NAE_ERA_R-1665_Eesti_Kunstnike_Liit, lk 17
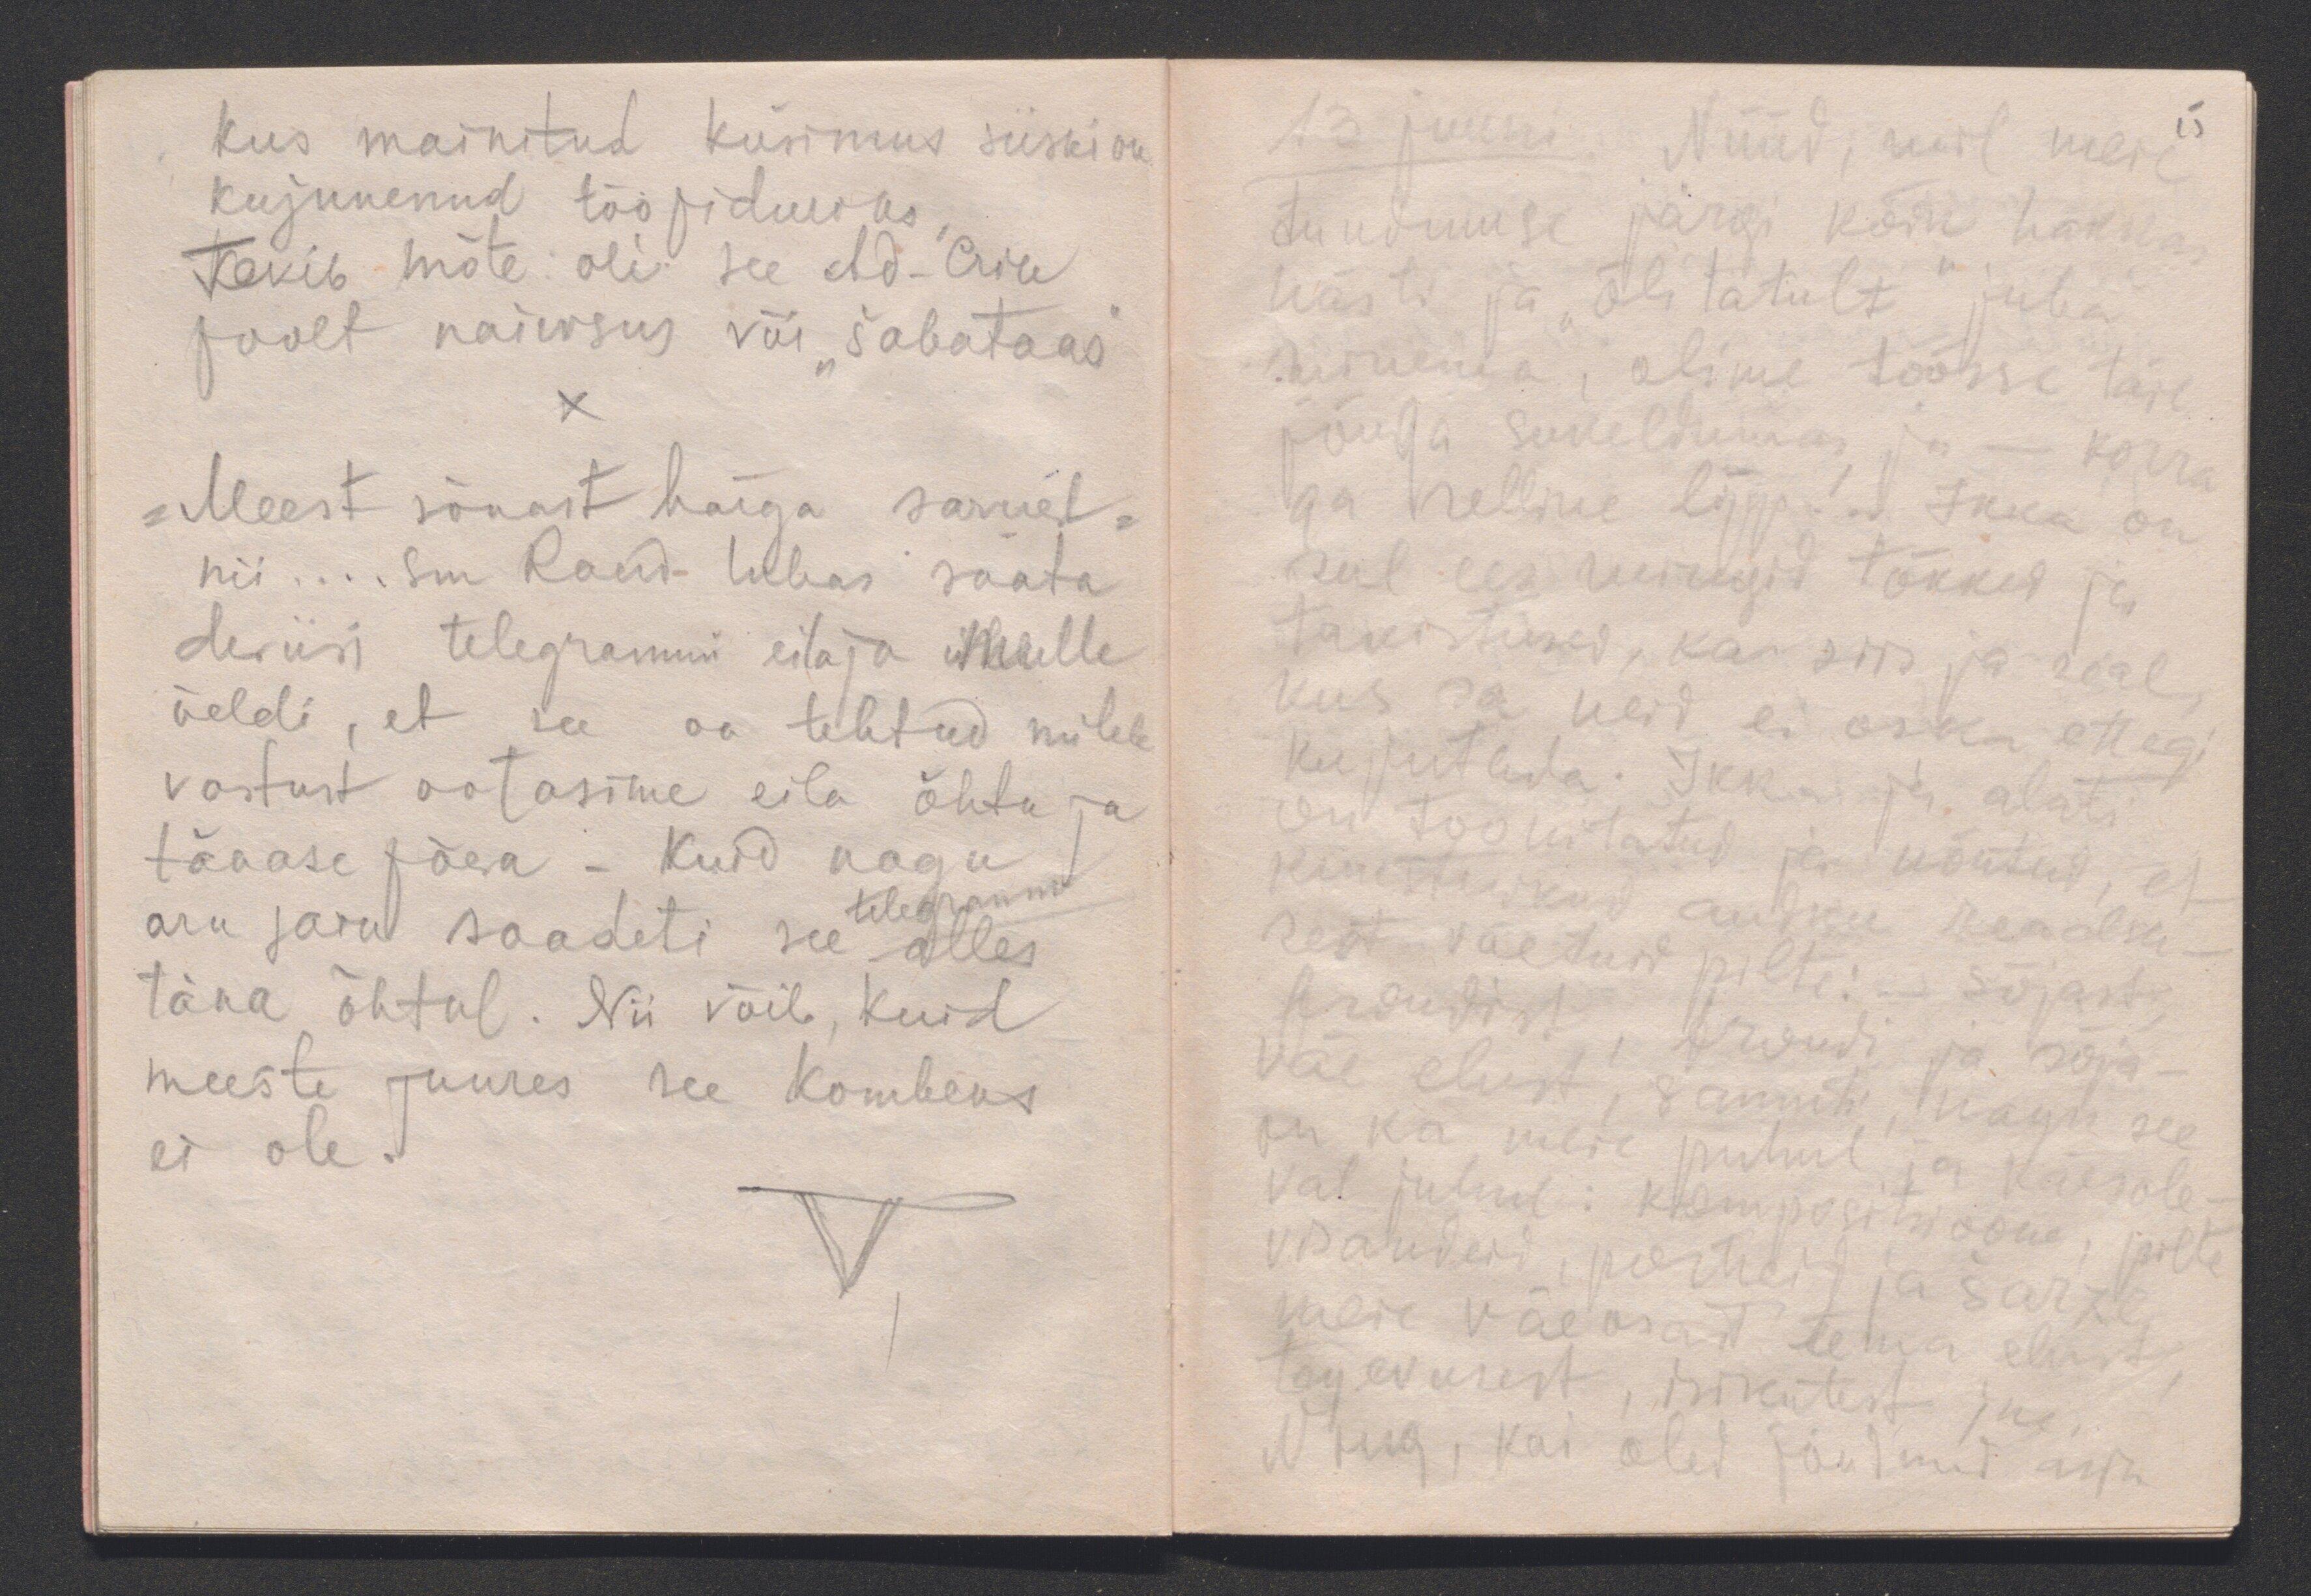
kus mainitud küsimus siiski on
kujunenud tööpiduriks,
Tekib mõte oli see Ad-Ericu
poolt naiivsus või "šabotaas"
x
"Meest sõnast härga sarvest"
nii... Sm Raud lubas saata
deviisi telegrammi eila ja mulle
öeldi, et see on tehtud milele
vastust ootasime eila õhtu ja
tänase päeva - Kuid nagu
telegramm
aru sain saadeti see alles
täna õhtul. Nii võib, kuid
meeste juures see kombeks
ei ole.

13 juuni. Nüüd, mil meie
15
tundmuse järgi kõik hakkas
hästi ja "õlitatult" juba
minema, olime töösse täie
jõuga sukeldumas ja - korra
ga selline lõpp! .. Ikka on
sul ees mingid tõkked ja
takistused, ka siis ja seal,
kus sa neid ei oska ettegi
kujutada. Ikka ja alati
on toonitatud ja nõutud, et
kunstnikud andku reaalsu-
sest võetud pilte: - sõjast,
frondist, frondi ja sõja-
väe elust, samuti, nagu see
on ka meie puhul ja käesole-
val juhul: kompositsioone, pilte
visandeid, portreid ja šarže
meie väeosast tema elust,
tegevusest, isikutest jne.
Ning, kui oled jõudnud asja